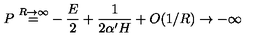
\frac { P \buildrel { R \to \infty } } { = - { \frac { E } { 2 } } + { \frac { 1 } { 2 \alpha ^ { \prime } H } } + O ( 1 / R ) \to - \infty }